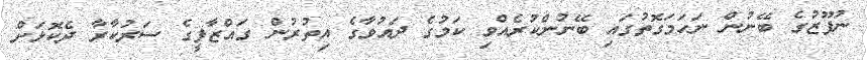
ނުފޫޒުގެ ބޭނުން ނަހަމަގޮތުގައި ބޭނުންކުރެއްވި ކަމުގެ ދައުވާގެ އިތުރުން ގައްޒާފީގެ ސަރުކާރާ ދެކޮޅަށް